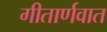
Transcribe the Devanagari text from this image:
गीतार्णवात